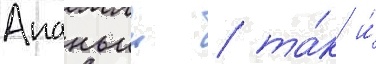
Ананьин / та́к и́